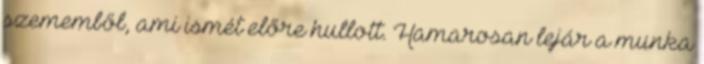
szememből, ami ismét előre hullott. Hamarosan lejár a munka